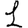
Digit: 1